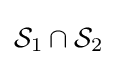
{\mathcal {S}}_{1}\cap {\mathcal {S}}_{2}